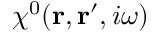
\chi ^ { 0 } ( { \mathbf r } , { \mathbf r ^ { \prime } } , i \omega )